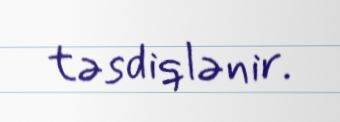
təsdiqlənir.